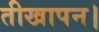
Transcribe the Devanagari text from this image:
तीखापन।